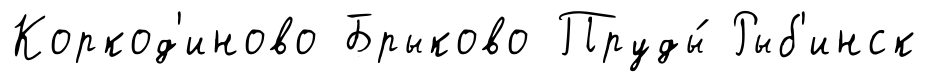
Коркод'иново Брыково Пруды́ Рыб'инск